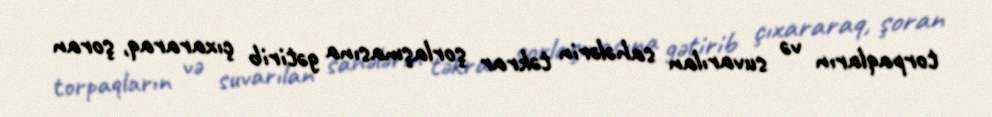
torpaqların və suvarılan sahələrin təkrar şorlaşmasına gətirib çıxararaq, şoran